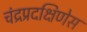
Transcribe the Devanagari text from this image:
चंद्रप्रदक्षिणेस